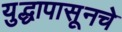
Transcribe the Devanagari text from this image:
युद्धापासूनचे